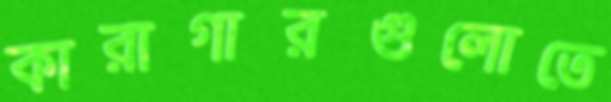
কারাগারগুলোতে